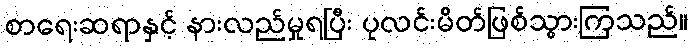
စာရေးဆရာနှင့် နားလည်မှုရပြီး ပုလင်းမိတ်ဖြစ်သွားကြသည်။